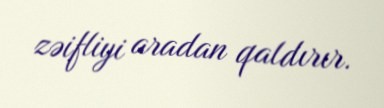
zəifliyi aradan qaldırır.